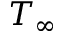
T _ { \infty }